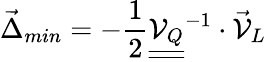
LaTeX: \vec{\Delta}_{min}=-\frac{1}{2}\underline{{{\underline{{{\mathcal{V}_{Q}}}}}}}^{-1}\cdot\vec{\mathcal{V}}_{L}